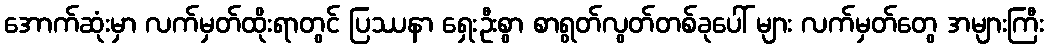
အောက်ဆုံးမှာ လက်မှတ်ထိုးရာတွင် ပြဿနာ ရှေးဦးစွာ စာရွတ်လွတ်တစ်ခုပေါ် များ လက်မှတ်တွေ အများကြီး